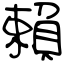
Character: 賴